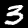
Digit: 3